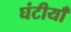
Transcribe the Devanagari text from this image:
घंटीयाँ